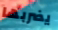
يضربها